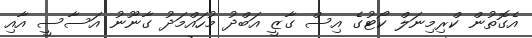
އެގޮތުން ކްރިމިނަލް ކޯޓުގެ އިސް ގާޒީ އަބްދު މުހައްމަދު ގާނޫނު އަސާސީ އާއި